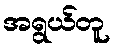
အရွယ်တူ